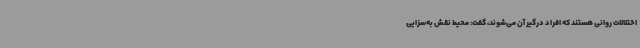
اختلالات روانی هستند که افراد درگیر آن می‌شوند، گفت: محیط نقش به‌سزایی